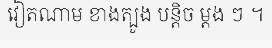
វៀតណាម ខាងត្បូង បន្តិច ម្តង ៗ ។